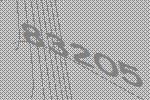
83205